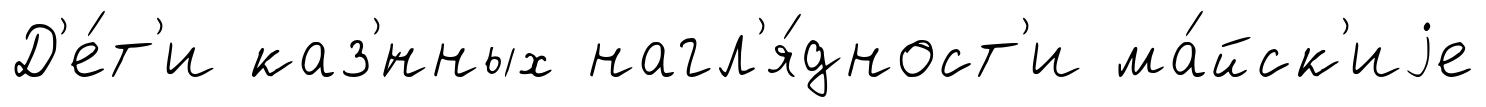
Д'е́т'и каз'́нных нагл'я́дност'и ма́йск'иjе